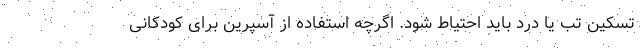
تسکین تب یا درد باید احتیاط شود. اگرچه استفاده از آسپرین برای کودکانی